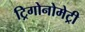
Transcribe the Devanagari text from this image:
ट्रिगोनोमेट्री